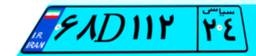
۴۷D۴۹۵۲۱